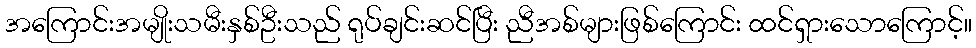
အကြောင်းအမျိုးသမီးနှစ်ဦးသည် ရုပ်ချင်းဆင်ပြီး ညီအစ်များဖြစ်ကြောင်း ထင်ရှားသောကြောင့်။